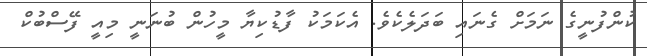
ކުންފުނީގެ ނަމަށް ގެނައި ބަދަލެކެވެ. އެކަމަކު ފާޑުކިޔާ މީހުން ބުނަނީ މިއީ ފޭސްބުކް